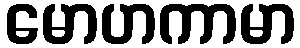
မောဟကာမာ